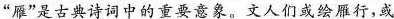
”雁”是古典诗词中的重要意象。文人们或绘雁行，或